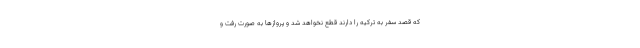
که قصد سفر به ترکیه را دارند قطع نخواهد شد و پروازها به صورت رفت و